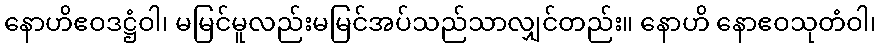
နောဟိဧဝဒဋ္ဌံဝါ၊ မမြင်မူလည်းမမြင်အပ်သည်သာလျှင်တည်း။ နောဟိ နောဧဝသုတံဝါ၊